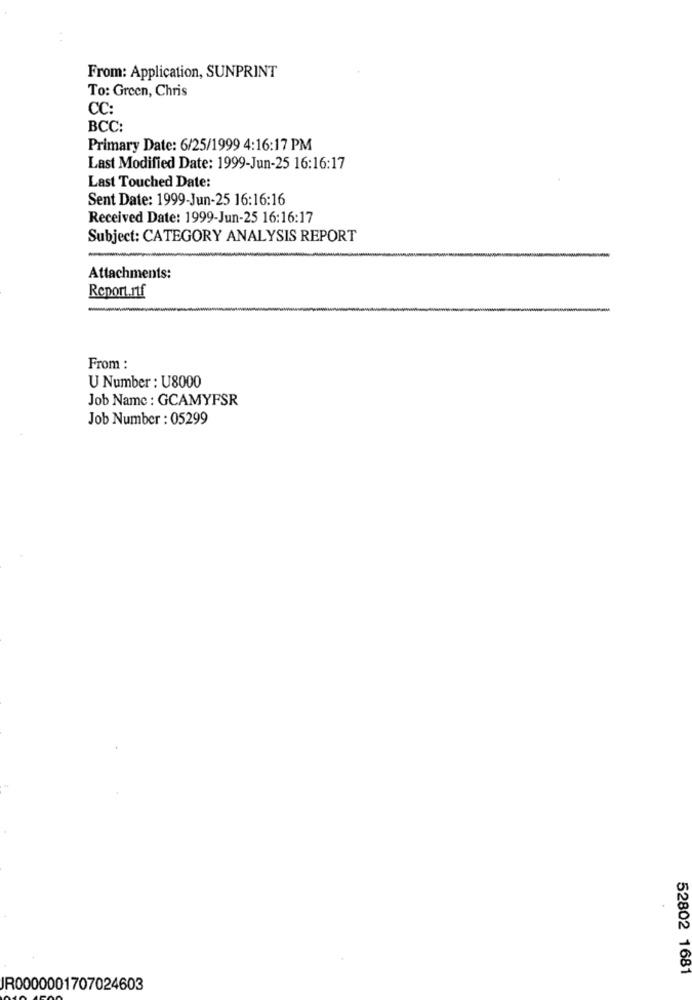
From: Application, SUNPRINT
To: Green, Chris
CC:
BCC:
Primary Date: 6/25/1999 4:16:17 PM
Last Modified Date: 1999-Jun-25 16:16:17
Last Touched Date:
Sent Date: 1999-Jun-25 16:16:16
Received Date: 1999-Jun-25 16:16:17
Subject: CATEGORY ANALYSIS REPORT
Attachments:
Report.rtf
From :
U Number : U8000
Job Name : GCAMYFSR
Job Number : 05299
52802 1681
JR0000001707024603